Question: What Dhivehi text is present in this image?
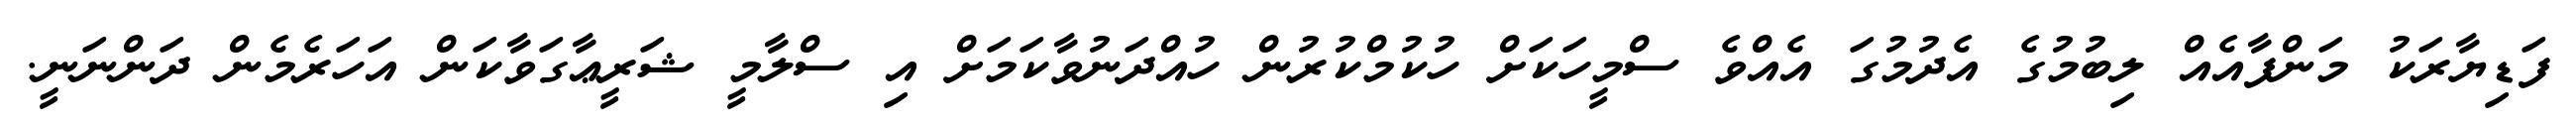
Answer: ފަޑިޔާރަކު މަންފާއެއް ލިބުމުގެ އެދުމުގަ އެއްވެ ސްމީހަކަށް ހުކުމްކުރުން ހުއްދަނުވާކަމަށް އި ސްލާމީ ޝަރީޢާގަވާކަން އަހަރެމެން ދަންނަނީ.